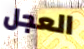
العجل